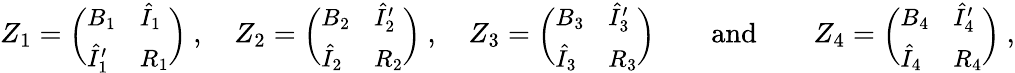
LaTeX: \begin{array}{r}{Z_{1}={\small\bigg(\begin{array}{ll}{B_{1}}&{\hat{I}_{1}}\\ {\hat{I}_{1}^{\prime}}&{R_{1}}\end{array}\bigg)}\normalsize\ ,\quad Z_{2}={\small\bigg(\begin{array}{ll}{B_{2}}&{\hat{I}_{2}^{\prime}}\\ {\hat{I}_{2}}&{R_{2}}\end{array}\bigg)}\normalsize\ ,\quad Z_{3}={\small\bigg(\begin{array}{ll}{B_{3}}&{\hat{I}_{3}^{\prime}}\\ {\hat{I}_{3}}&{R_{3}}\end{array}\bigg)}\normalsize\qquad\mathrm{and}\qquad Z_{4}={\small\bigg(\begin{array}{ll}{B_{4}}&{\hat{I}_{4}^{\prime}}\\ {\hat{I}_{4}}&{R_{4}}\end{array}\bigg)}\normalsize\ ,}\end{array}